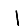
Digit: 1